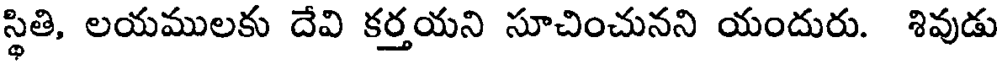
స్థితి, లయములకు దేవి కర్తయని సూచించునని యందురు. శివుడు